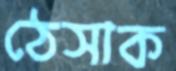
ঠেসাক